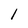
Character: l